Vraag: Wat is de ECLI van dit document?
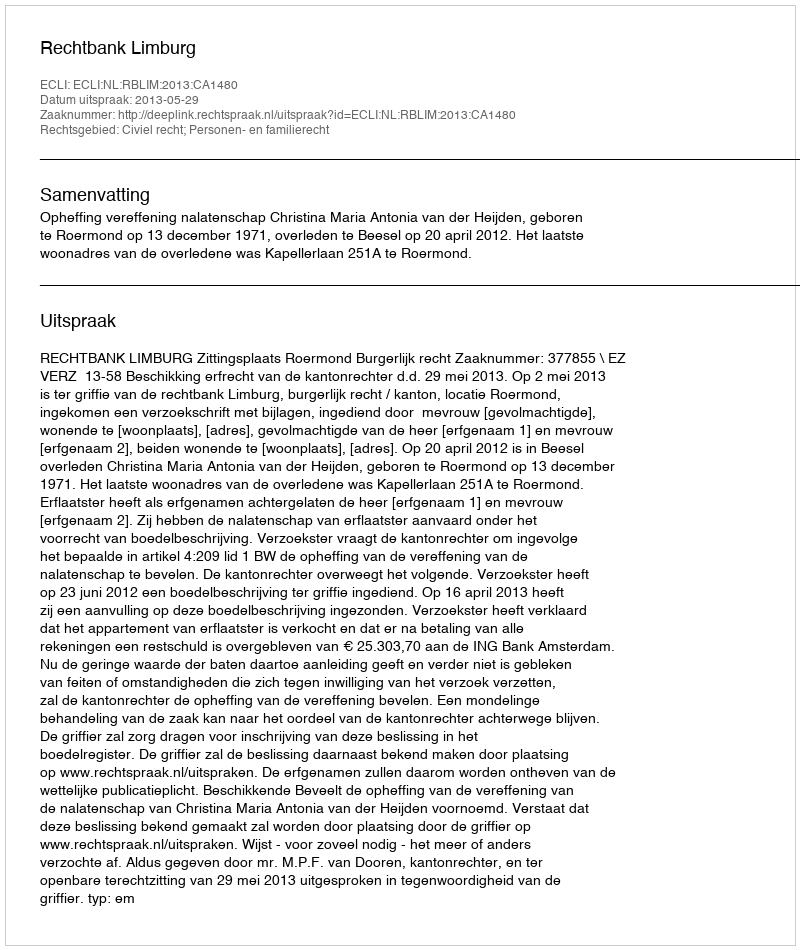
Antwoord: ECLI:NL:RBLIM:2013:CA1480